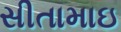
સીતામાઇ